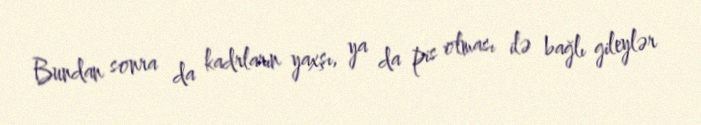
Bundan sonra da kadrların yaxşı, ya da pis olması ilə bağlı gileylər